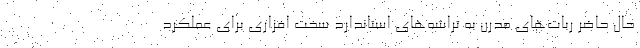
حال حاضر ربات‌های مدرن به تراشه‌های استاندارد سخت افزاری برای عملکرد